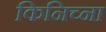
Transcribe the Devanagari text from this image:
किनिच्ना